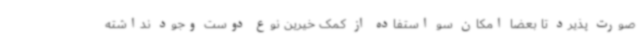
صورت پذیرد تا بعضاً امکان سو استفاده از کمک خیرین نوع دوست وجود نداشته